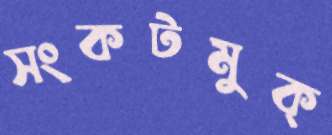
সংকটমুক্